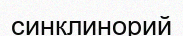
синклинорий